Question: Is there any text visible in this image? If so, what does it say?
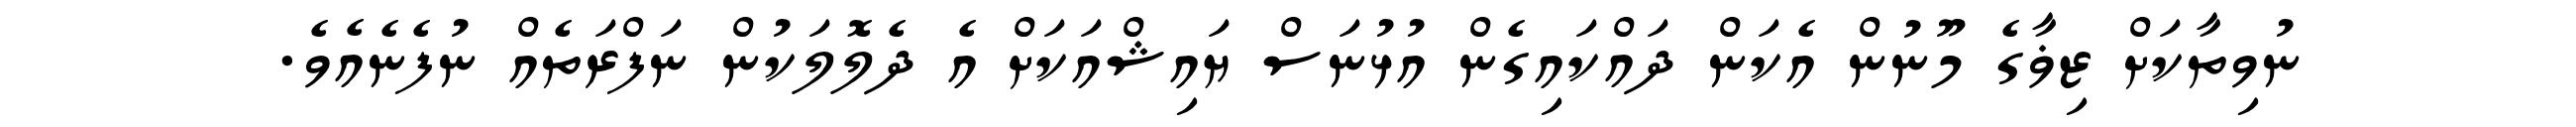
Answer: ނުވިތާކަށް ޒިޥާގެ މޫނުން އެކަން ދައްކައިގެން އުޅުނަސް ޔައިޝްއަކަށް އެ ދެލޮލަކުން ނަފްރަތެއް ނުފެނެއެވެ.